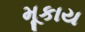
મૂકાય